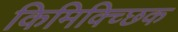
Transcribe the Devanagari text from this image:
किमिक्च्छिक